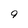
Character: 9